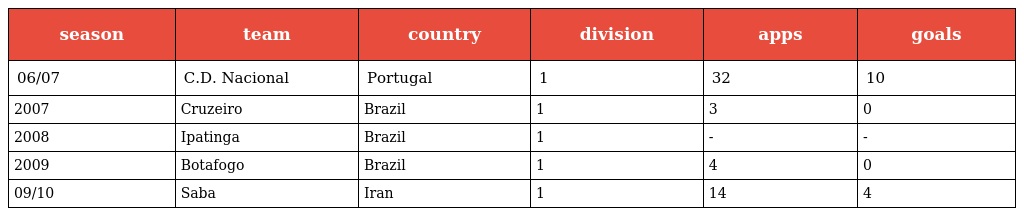
| season | team | country | division | apps | goals |
 | --- | --- | --- | --- | --- | --- |
 | 06/07 | C.D. Nacional | Portugal | 1 | 32 | 10 |
 | 2007 | Cruzeiro | Brazil | 1 | 3 | 0 |
 | 2008 | Ipatinga | Brazil | 1 | - | - |
 | 2009 | Botafogo | Brazil | 1 | 4 | 0 |
 | 09/10 | Saba | Iran | 1 | 14 | 4 |